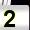
Digit: 2